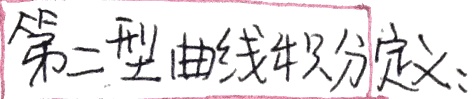
第二型曲线积分定义：